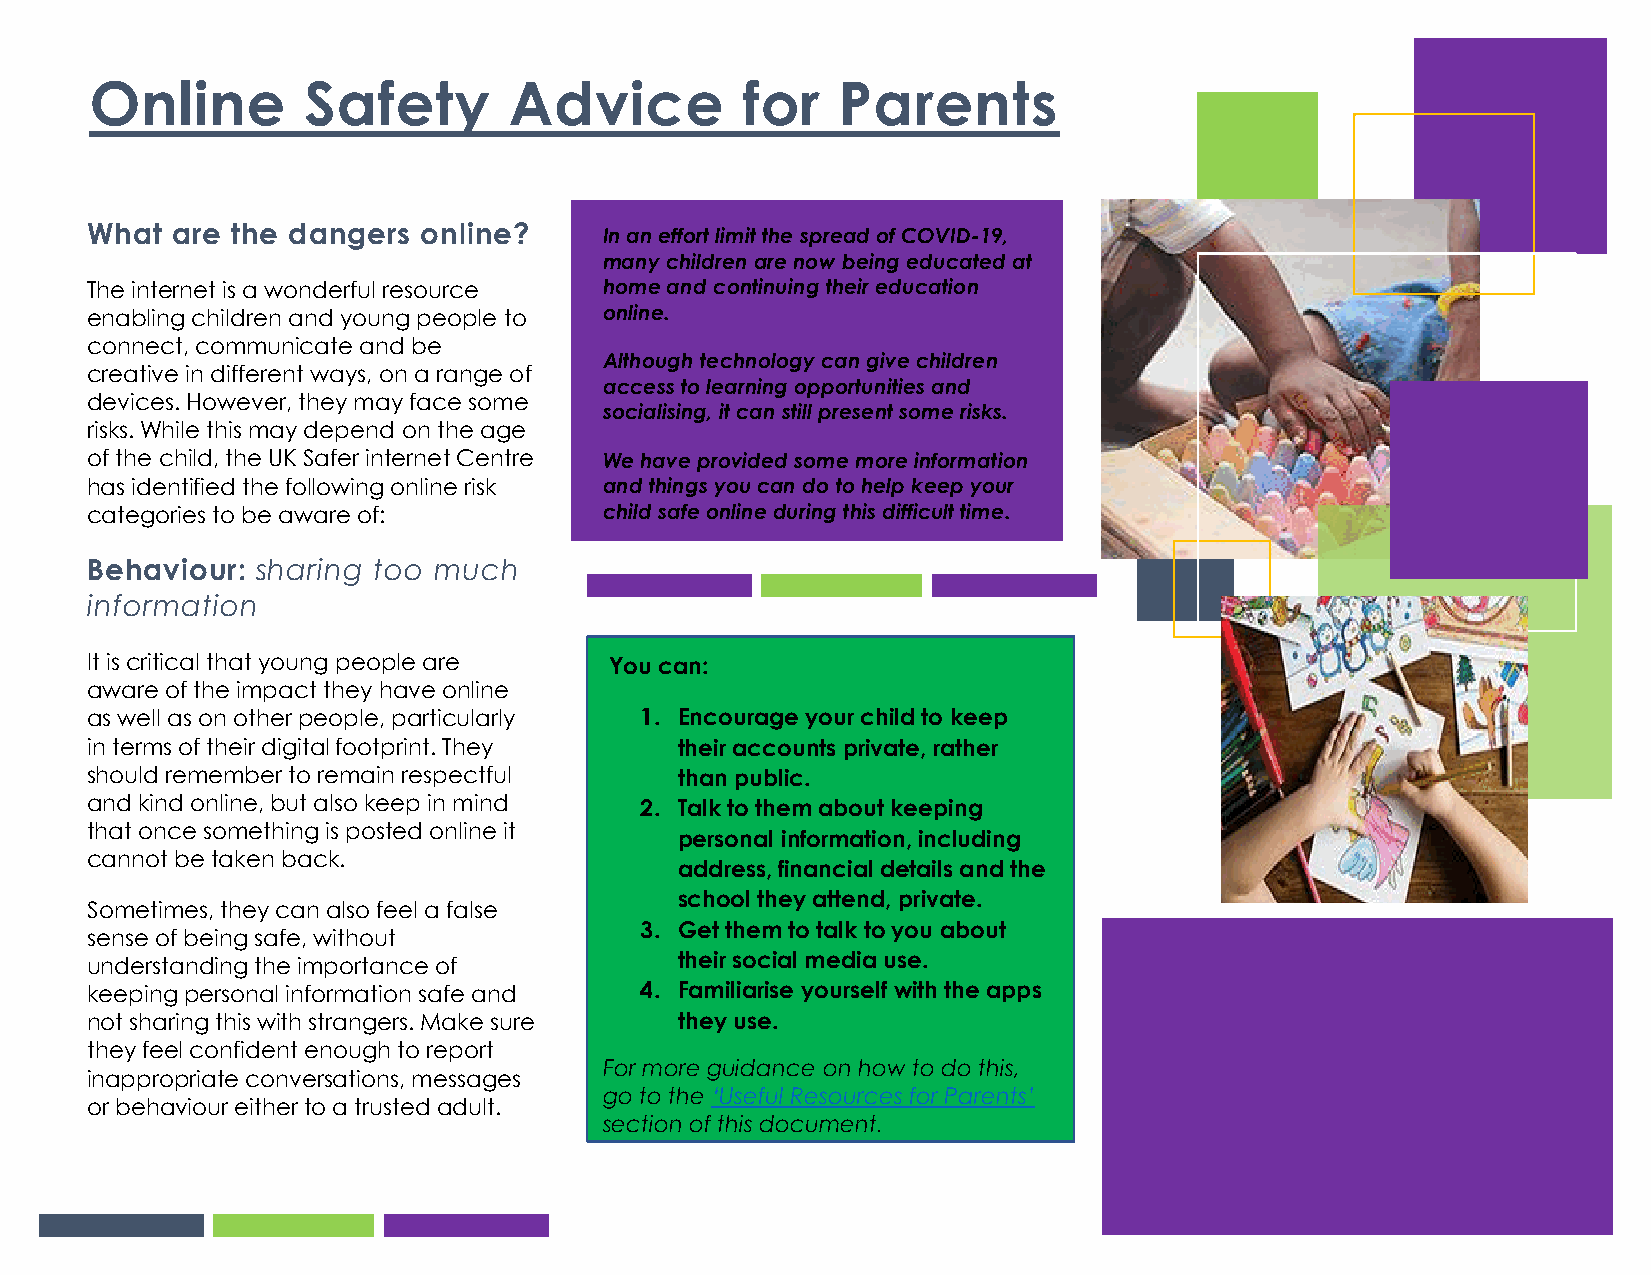
Online        Safety        Advice         for   Parents
 Device    f
 What are the dangers  online?     In an effort limit the spread of COVID-19,
 many children are now being educated at
 The internet is a wonderful resource home and continuing their education
 enabling children and young people to online.
 connect, communicate and be
 Although technology can give children
 creative in different ways, on a range of
 access to learning opportunities and
 devices. However, they may face some
 socialising, it can still present some risks.
 risks. While this may depend on the age
 of the child, the UK Safer internet Centre We have provided some more information
 has identified the following online risk and things you can do to help keep your
 categories to be aware of:        child safe online during this difficult time.
 Behaviour: sharing too much
 information
 It is critical that young people are You can:
 aware of the impact they have online
 as well as on other people, particularly 1. Encourage your child to keep
 in terms of their digital footprint. They their accounts private, rather
 should remember to remain respectful   than public.
 and kind online, but also keep in mind 2. Talk to them about keeping
 that once something is posted online it
 personal information, including
 cannot be taken back.
 address, financial details and the
 school they attend, private.
 Sometimes, they can also feel a false
 3. Get them to talk to you about
 sense of being safe, without
 understanding the importance of        their social media use.
 keeping personal information safe and 4. Familiarise yourself with the apps
 not sharing this with strangers. Make sure they use.
 they feel confident enough to report
 For more guidance on how to do this,
 inappropriate conversations, messages
 go to the ‘Useful Resources for Parents’
 or behaviour either to a trusted adult.
 section of this document.